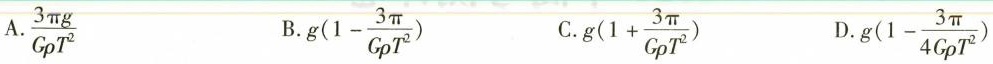
A.\frac{3 \pi g}{G \rho T^{2}} B.$$g(1-\frac{3 \pi}{G \rho T^{2}})$$ C.$$g(1+\frac{3 \pi}{G \rho T^{2}})$$ D.$$g(1-\frac{3 \pi}{4 G \rho T^{2}})$$